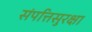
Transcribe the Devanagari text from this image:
संपत्तिसुरक्षा